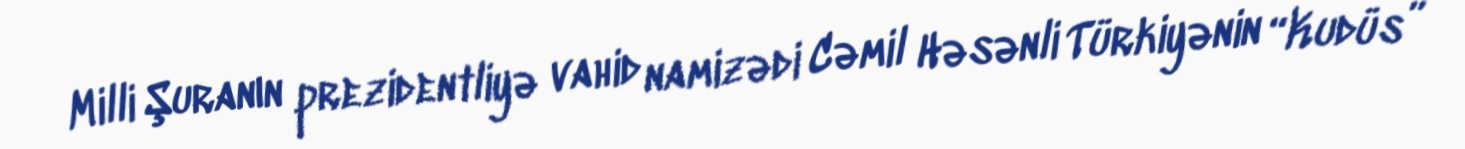
Milli Şuranın prezidentliyə vahid namizədi Cəmil Həsənli Türkiyənin “Kudüs”